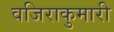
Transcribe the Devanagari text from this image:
वजिराकुमारी